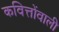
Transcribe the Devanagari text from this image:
कवित्तोंवाली